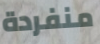
منفردة